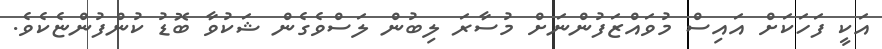
އަކީ ފަހަކަށް އައިސް މުވައްޒަފުންނަށް މުސާރަ ލިބުން ލަސްވެގެން ޝަކުވާ ބޮޑު ކުންފުންޏެކެވެ.